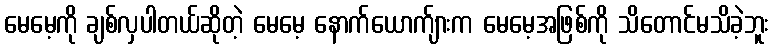
မေမေ့ကို ချစ်လှပါတယ်ဆိုတဲ့ မေမေ့ နောက်ယောက်ျားက မေမေ့အဖြစ်ကို သိတောင်မသိခဲ့ဘူး